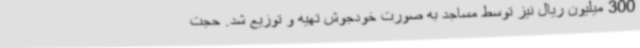
300 میلیون ریال نیز توسط مساجد به صورت خودجوش تهیه و توزیع شد. حجت